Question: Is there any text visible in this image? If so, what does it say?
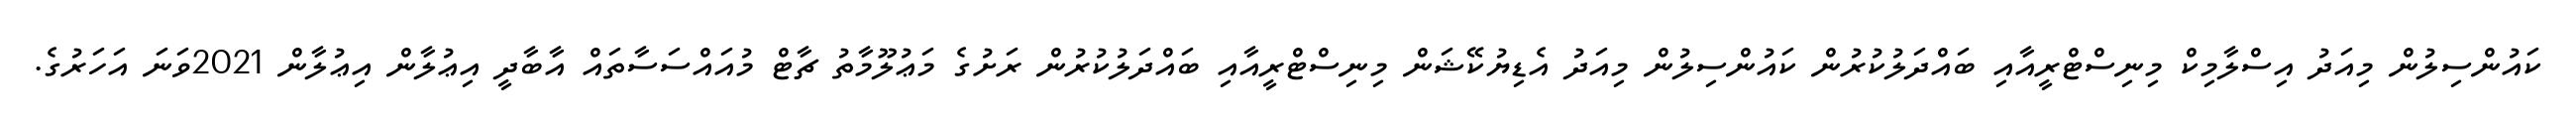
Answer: ކައުންސިލުން މިއަދު އިސްލާމިކް މިނިސްޓްރީއާއި ބައްދަލުކުރުން ކައުންސިލުން މިއަދު އެޑިޔުކޭޝަން މިނިސްޓްރީއާއި ބައްދަލުކުރުން ރަށުގެ މަޢުލޫމާތު ޗާޓް މުއައްސަސާތައް އާބާދީ އިޢުލާން އިޢުލާން 2021ވަނަ އަހަރުގެ.